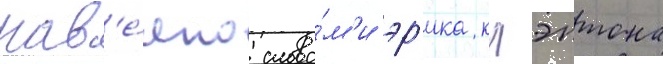
нав'е́яно слова́м'и эр'ика клэптона